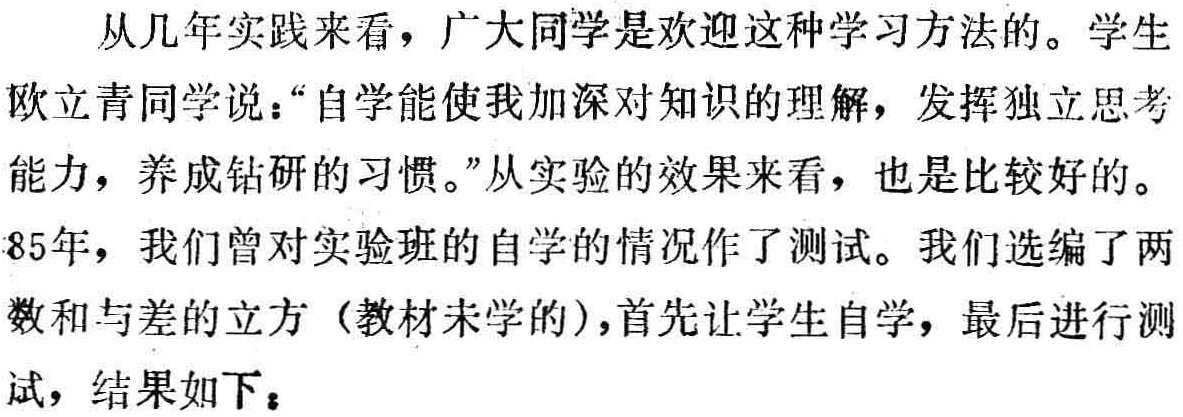
从几年实践来看，广大同学是欢迎这种学习方法的。学生

欧立青同学说：“自学能使我加深对知识的理解，发挥独立思考

能力，养成钻研的习惯。”从实验的效果来看，也是比较好的。

85年，我们曾对实验班的自学的情况作了测试。我们选编了两

数和与差的立方（教材未学的），首先让学生自学，最后进行测

试，结果如下：